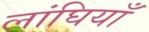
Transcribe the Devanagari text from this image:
लांघियाँ